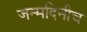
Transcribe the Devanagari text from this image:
जन्मदिनीच